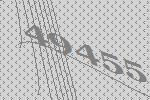
49455